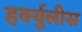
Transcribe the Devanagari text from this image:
हर्क्युलीस